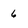
Character: 6